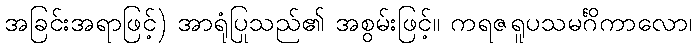
အခြင်းအရာဖြင့်) အာရုံပြုသည်၏ အစွမ်းဖြင့်။ ကရဇရူပသမင်္ဂိကာလော၊